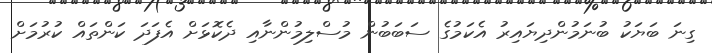
ގިނަ ބަޔަކު ބުނަމުންދިޔައިރު އެކަމުގެ ސަބަބުން މުސްލިމުންނާއި ދެކޮޅަށް އެފަދަ ކަންތައް ކުރުމަށް